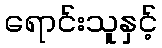
ရောင်းသူနှင့်